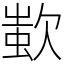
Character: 𣣷